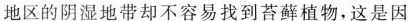
地区的阴湿地带却不容易找到苔藓植物，这是因